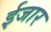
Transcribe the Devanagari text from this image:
ईजार